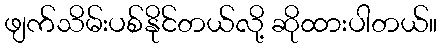
ဖျက်သိမ်းပစ်နိုင်တယ်လို့ ဆိုထားပါတယ်။